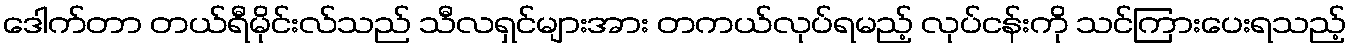
ဒေါက်တာ တယ်ရီမိုင်းလ်သည် သီလရှင်များအား တကယ်လုပ်ရမည့် လုပ်ငန်းကို သင်ကြားပေးရသည့်